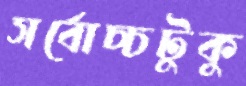
সর্বোচ্চটুকু